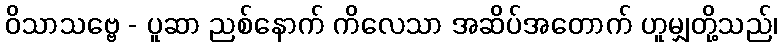
ဝိသာသဗ္ဗေ - ပူဆာ ညစ်နောက် ကိလေသာ အဆိပ်အတောက် ဟူမျှတို့သည်၊